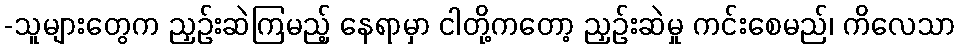
-သူများတွေက ညှဉ်းဆဲကြမည့် နေရာမှာ ငါတို့ကတော့ ညှဉ်းဆဲမှု ကင်းစေမည်၊ ကိလေသာ